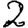
Digit: 2